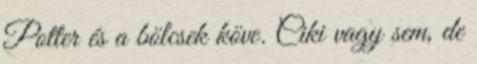
Potter és a bölcsek köve. Ciki vagy sem, de